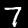
Digit: 7